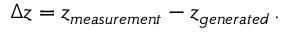
\Delta z = z _ { m e a s u r e m e n t } - z _ { g e n e r a t e d } \, .